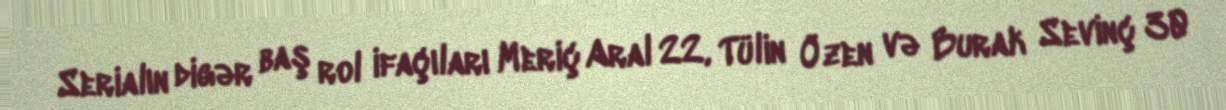
Serialın digər baş rol ifaçıları Meriç Aral 22, Tülin Özen və Burak Sevinç 30